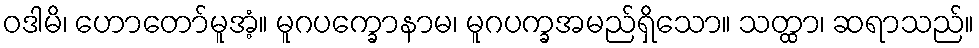
ဝဒါမိ၊ ဟောတော်မူအံ့။ မူဂပက္ခောနာမ၊ မူဂပက္ခအမည်ရှိသော။ သတ္ထာ၊ ဆရာသည်။